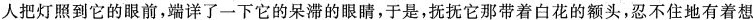
人把灯照到它的眼前，端详了一下它的呆滞的眼睛，于是，抚抚它那带着白花的额头，忍不住地有着想